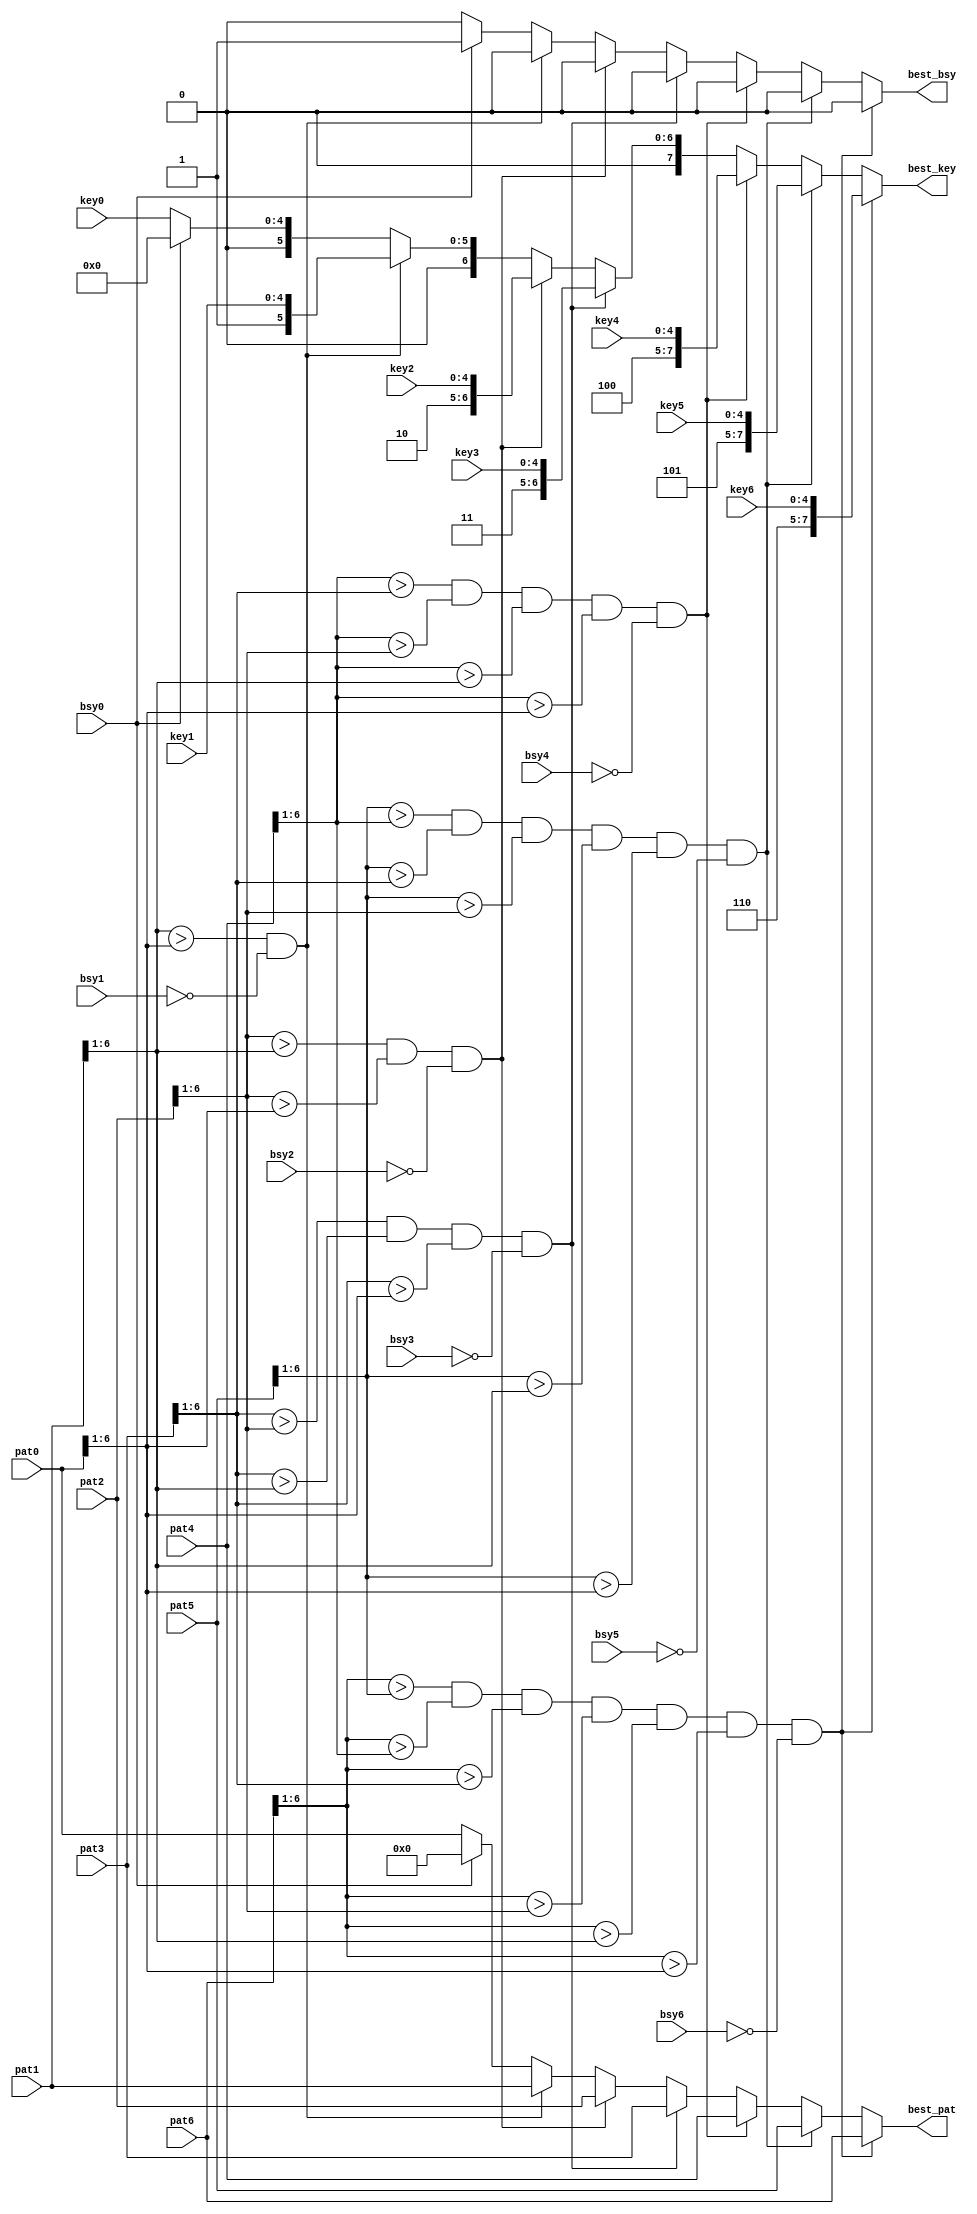
`timescale 1ns / 1ps
//-------------------------------------------------------------------------------------------------------------------
// Finds best 1 of 7 1/2-strip patterns comparing all patterns simultaneously
//
//  11/08/2006  Initial
//  12/13/2006  Non-busy version
//  12/20/2006  Replace envelope hits with pattern ids
//  12/22/2006  Sort based on 6-bit patterns instead of just number of hits
//  01/10/2007  Increase pattern bits to 3 hits + 4 bends 
//  01/25/2007  Add busy logic to best_1of5.v
//  05/08/2007  Change pattern numbers 1-9 to 0-8 so lsb now implies bend direction, ignore lsb during sort
//  08/11/2010   Port to ISE 12
//  02/19/2013  Expand to best 1 of 7
//-------------------------------------------------------------------------------------------------------------------
  module best_1of7_busy
  (
  pat0, pat1, pat2, pat3, pat4, pat5, pat6,
  key0, key1, key2, key3, key4, key5, key6,
  bsy0, bsy1, bsy2, bsy3, bsy4, bsy5, bsy6,
  best_pat,
  best_key,
  best_bsy
  );

// Constants
  parameter MXPATB    =  3+4;    // Pattern bits
  parameter MXKEYB    =  5;      // Number of 1/2-strip key bits on 1 CFEB
  parameter MXKEYBX    =  8;      // Number of 1/2-strip key bits

// Ports  
  input  [MXPATB-1:0]  pat0, pat1, pat2, pat3, pat4, pat5, pat6;
  input  [MXKEYB-1:0]  key0, key1, key2, key3, key4, key5, key6;
  input          bsy0, bsy1, bsy2, bsy3, bsy4, bsy5, bsy6;

  output  [MXPATB-1:0]  best_pat;
  output  [MXKEYBX-1:0]  best_key;
  output          best_bsy;

// Stage 3: Best 1 of 7
  reg  [MXPATB-1:0]  best_pat;
  reg  [MXKEYBX-1:0]  best_key;
  reg          best_bsy;

  always @* begin
  if      ((pat6[6:1] > pat5[6:1]) &&
      (pat6[6:1] > pat4[6:1]) &&
      (pat6[6:1] > pat3[6:1]) &&
      (pat6[6:1] > pat2[6:1]) &&
      (pat6[6:1] > pat1[6:1]) &&
      (pat6[6:1] > pat0[6:1]) && !bsy6)
      begin
      best_pat  = pat6;
      best_key  = {3'd6,key6};
      best_bsy  = 0;
      end

  else if((pat5[6:1] > pat4[6:1]) &&
      (pat5[6:1] > pat3[6:1]) &&
      (pat5[6:1] > pat2[6:1]) &&
      (pat5[6:1] > pat1[6:1]) &&
      (pat5[6:1] > pat0[6:1]) && !bsy5)
      begin
      best_pat  = pat5;
      best_key  = {3'd5,key5};
      best_bsy  = 0;
      end

  else if((pat4[6:1] > pat3[6:1]) &&
      (pat4[6:1] > pat2[6:1]) &&
      (pat4[6:1] > pat1[6:1]) &&
      (pat4[6:1] > pat0[6:1]) && !bsy4)
      begin
      best_pat  = pat4;
      best_key  = {3'd4,key4};
      best_bsy  = 0;
      end

  else if((pat3[6:1] > pat2[6:1]) &&
      (pat3[6:1] > pat1[6:1]) &&
      (pat3[6:1] > pat0[6:1]) && !bsy3)
      begin
      best_pat  = pat3;
      best_key  = {3'd3,key3};
      best_bsy  = 0;
      end

  else if((pat2[6:1] > pat1[6:1]) &&
      (pat2[6:1] > pat0[6:1]) && !bsy2)
      begin
      best_pat  = pat2;
      best_key  = {3'd2,key2};
      best_bsy  = 0;
      end

  else if((pat1[6:1] > pat0[6:1]) && !bsy1)
      begin
      best_pat  = pat1;
      best_key  = {3'd1,key1};
      best_bsy  = 0;
      end

  else if (!bsy0)
      begin
      best_pat  = pat0;
      best_key  = {3'd0,key0};
      best_bsy  = 0;
      end
      
  else  begin
      best_pat  = 0;
      best_key  = 0;
      best_bsy  = 1;
      end
  end

//-------------------------------------------------------------------------------------------------------------------
  endmodule
//-------------------------------------------------------------------------------------------------------------------